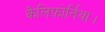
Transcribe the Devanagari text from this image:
कैलिफ़ोर्निया।